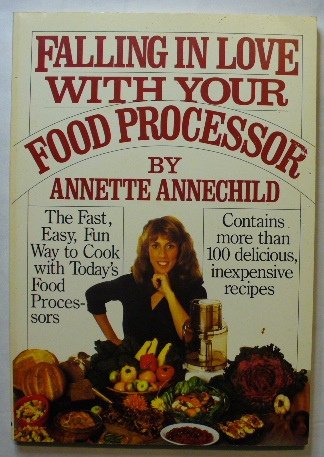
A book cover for Falling in Love With Your Food Processor; Annette Annechild; Cookbooks, Food & Wine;